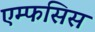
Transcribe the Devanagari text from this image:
एम्फसिस